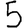
Digit: 5